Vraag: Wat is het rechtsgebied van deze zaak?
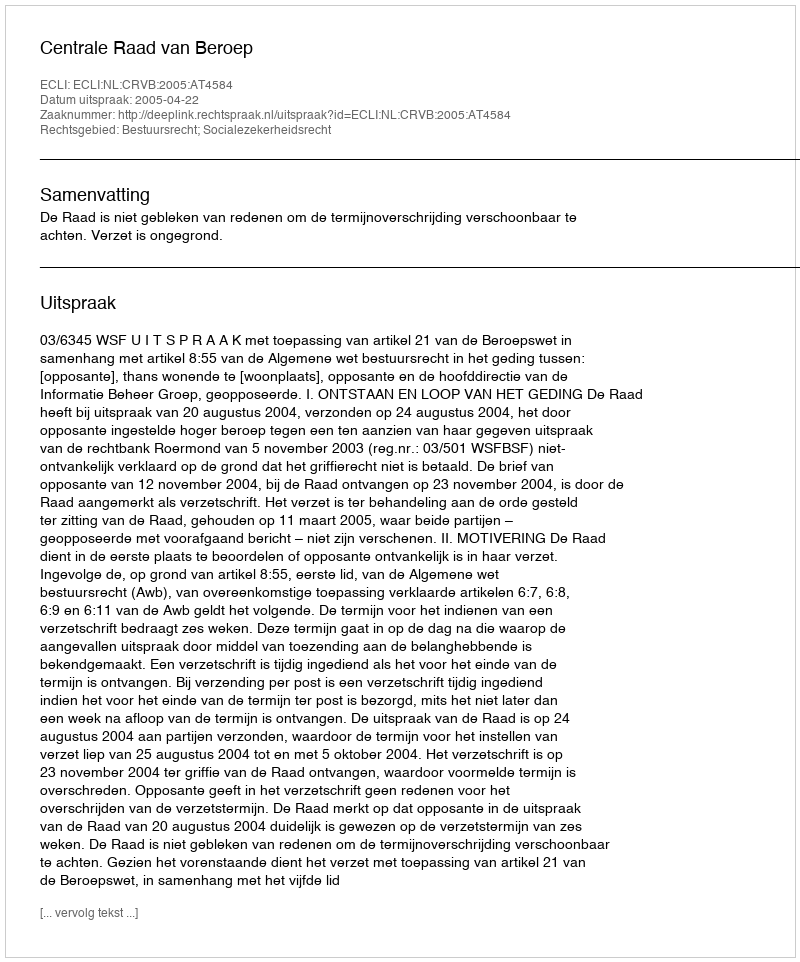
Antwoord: Bestuursrecht; Socialezekerheidsrecht